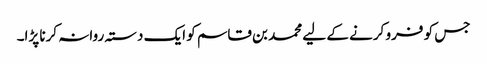
جس کو فرو کرنے کے لیے محمد بن قاسم کو ایک دستہ روانہ کرنا پڑا۔